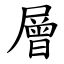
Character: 層